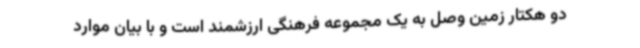
دو هکتار زمین وصل به یک مجموعه فرهنگی ارزشمند است و با بیان موارد